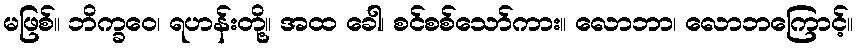
မဖြစ်။ ဘိက္ခဝေ၊ ရဟန်းတို့။ အထ ခေါ၊ စင်စစ်သော်ကား။ လောဘာ၊ လောဘကြောင့်။